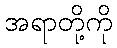
အရာတို့ကို